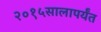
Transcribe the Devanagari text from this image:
२०१५सालापर्यंत